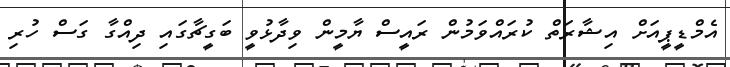
އެމްޑީޕީއަށް އިޝާރަތް ކުރައްވަމުން ރައީސް ޔާމީން ވިދާޅުވީ ބަގީޗާގައި ދިއްގާ ގަސް ހުރި